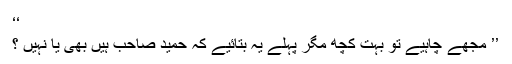
‘‘
’’ مجھے چاہیے تو بہت کچھ مگر پہلے یہ بتائیے کہ حمید صاحب ہیں بھی یا نہیں ؟